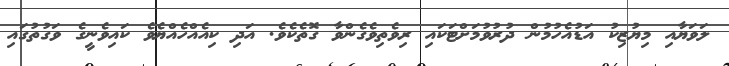
ލަވަޔާއި މިޔުޒިކު އަޑުއެހުމުން ދުރުވުމަށްޓަކައި ރިވެތިވެގެންވާ ގޮތެކެވެ. އަދި ކިއެއްހެއްޔެވެ ކައިވެނީގެ ވަގުތުގައި